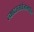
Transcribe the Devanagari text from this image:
त्यादस्तावेजामधील